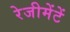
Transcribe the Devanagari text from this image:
रेजीमेंटें